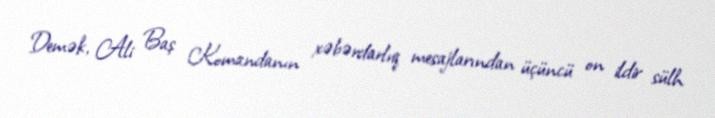
Demək, Ali Baş Komandanın xəbərdarlıq mesajlarından üçüncü on ildir sülh